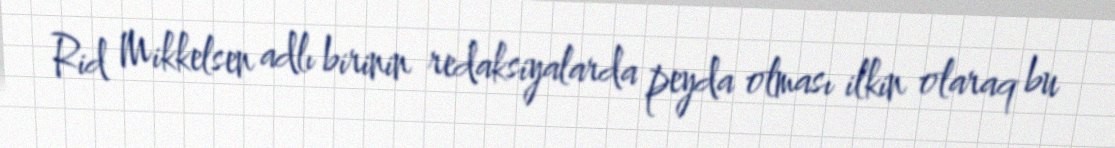
Rid Mikkelsen adlı birinin redaksiyalarda peyda olması ilkin olaraq bu